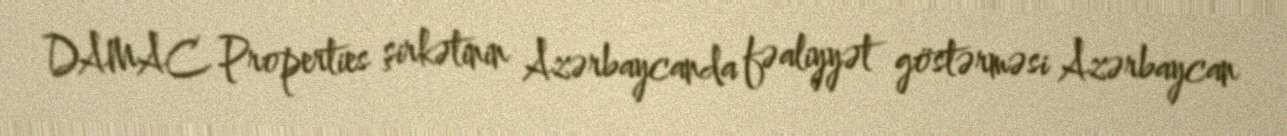
DAMAC Properties şirkətinin Azərbaycanda fəaliyyət göstərməsi Azərbaycan